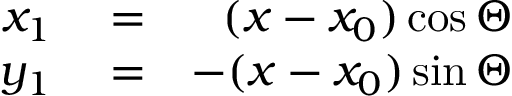
\begin{array} { r l r } { x _ { 1 } } & { { } = } & { ( x - x _ { 0 } ) \cos \Theta } \\ { y _ { 1 } } & { { } = } & { - ( x - x _ { 0 } ) \sin \Theta } \end{array}